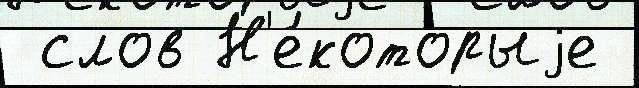
 слов Н'е́которыjе